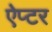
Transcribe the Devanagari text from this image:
ऐप्टर